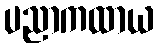
ပညာကထာယ